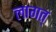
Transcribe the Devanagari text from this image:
लागत्